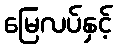
မြေလပ်နှင့်